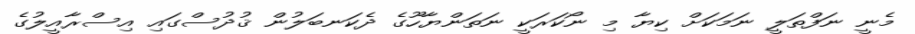
މެނީ ނަފްތަލީ ނަމަކަށް ކިޔާ މި ނޯކަރަކީ ނަތަންޔާހޫގެ ދެކަނބަލުން ޤުދުސްގައި އިސްރާއީލުގެ